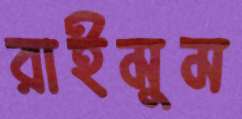
রাইমুম